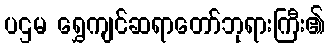
ပဌမ ရွှေကျင်ဆရာတော်ဘုရားကြီး၏